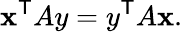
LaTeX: \mathbf{x}^{\mathsf{{T}}}Ay=y^{\mathsf{{T}}}A\mathbf{x}.